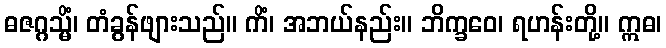
ဓဇဂ္ဂသ္မိံ၊ တံခွန်ဖျားသည်။ ကိံ၊ အဘယ်နည်း။ ဘိက္ခဝေ၊ ရဟန်းတို့။ ဣဓ၊